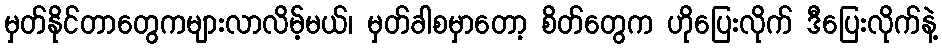
မှတ်နိုင်တာတွေကများလာလိမ့်မယ်၊ မှတ်ခါစမှာတော့ စိတ်တွေက ဟိုပြေးလိုက် ဒီပြေးလိုက်နဲ့